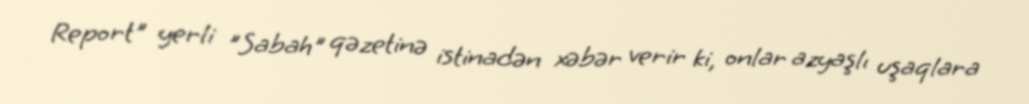
Report" yerli "Sabah" qəzetinə istinadən xəbər verir ki, onlar azyaşlı uşaqlara